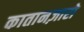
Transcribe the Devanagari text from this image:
कातानज़ारो